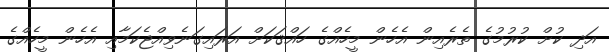
އަދި ކުށް ކުރުމުގެ ތެރެއިން އެހެން މީހެއްގެ ހައްޤަކަށް އަރައިގަނެވިއްޖެކަމާއި އެހެން މީހެއްގެ